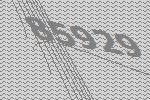
85929